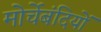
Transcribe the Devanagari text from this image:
मोर्चेबंदियों